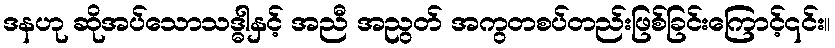
ဒနဟု ဆိုအပ်သောသဒ္ဓါနှင့် အညီ အညွတ် အကွတစပ်တည်းဖြစ်ခြင်းကြောင့်၎င်း။